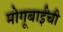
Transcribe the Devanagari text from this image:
मोगूबाईंची